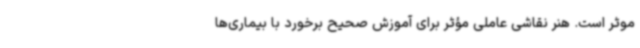
موثر است. هنر نقاشی عاملی مؤثر برای آموزش صحیح برخورد با بیماری‌ها